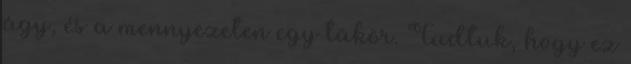
ágy, és a mennyezeten egy tükör. Tudtuk, hogy ez